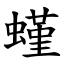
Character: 螼